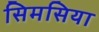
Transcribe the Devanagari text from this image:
सिमसिया